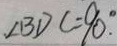
\angle B D C = 9 0 ^ { \circ } .